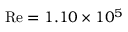
\mathrm { R e } = 1 . 1 0 \times 1 0 ^ { 5 }